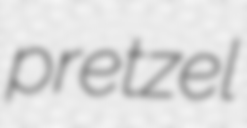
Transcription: pretzel